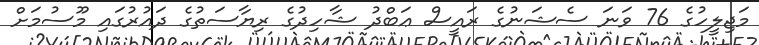
މަޖިލީހުގެ 76 ވަނަ ސެޝަނުގެ ރައީސް ޢަބްދު ޝާހިދުގެ ރިޔާސަތުގެ ދައުރުގައި މޫސުމަށް